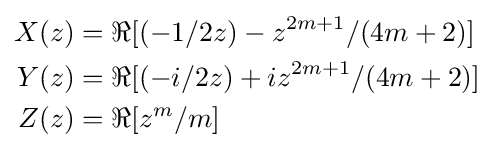
{\begin{aligned}X(z)&=\Re [(-1/2z)-z^{2m+1}/(4m+2)]\\Y(z)&=\Re [(-i/2z)+iz^{2m+1}/(4m+2)]\\Z(z)&=\Re [z^{m}/m]\end{aligned}}